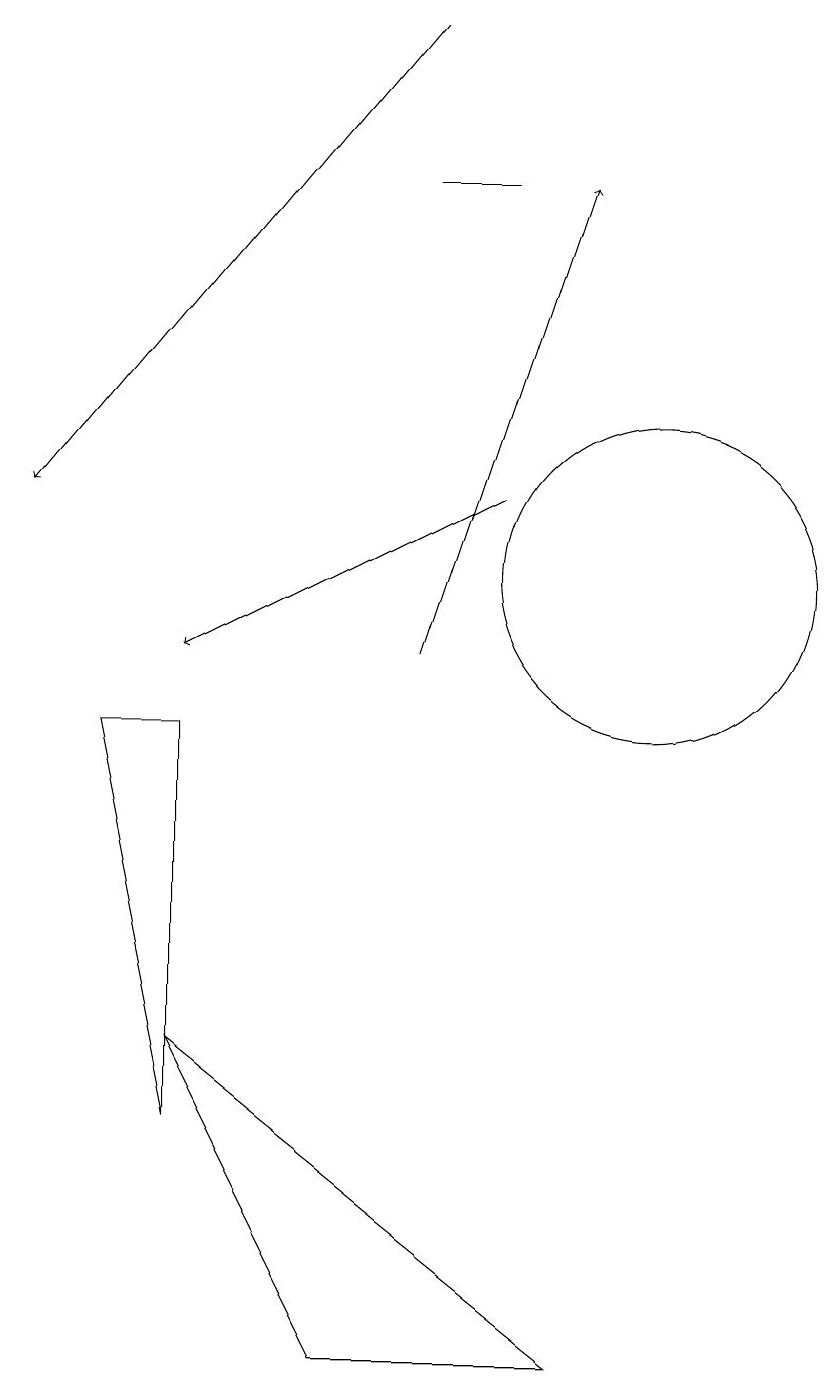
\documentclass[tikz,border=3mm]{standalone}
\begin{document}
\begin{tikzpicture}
\draw[->] (7,10) -- (9,16);
\draw[->] (8,12) -- (4,10);
\draw[->] (7,18) -- (2,12);
\draw (10,11) circle (2);
\draw (3,9) -- (4,9) -- (4,4) -- cycle;
\draw (8,16) rectangle (7,16);
\draw (4,5) -- (6,1) -- (9,1) -- cycle;
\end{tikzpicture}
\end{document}